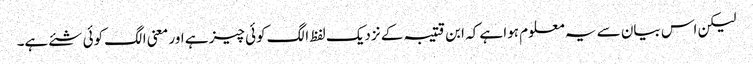
لیکن اس بیان سے یہ معلوم ہوا ہے کہ ابن قتیبہ کے نزدیک لفظ الگ کوئی چیز ہے اور معنی الگ کوئی شئے ہے۔